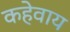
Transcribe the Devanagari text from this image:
कहेवाय